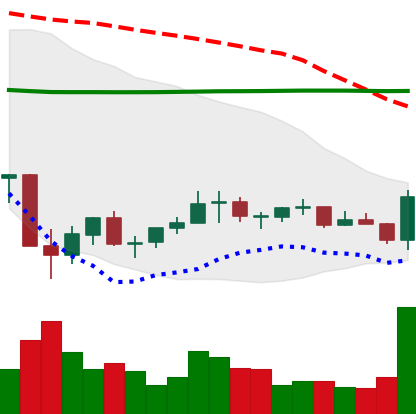
Ticker: EOS-USD
Chart end date: 2021-07-09
Forward return: -9.825%
Label: down_7plus